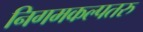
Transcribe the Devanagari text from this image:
निगमकल्पतरु